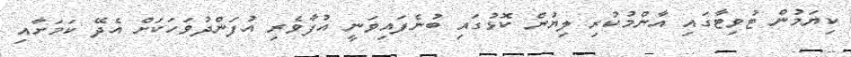
ކިޔަމުން ޓުވިޓާގައި އާންމުކުރި ލިޔުން ކޮޅުގައި ބުނެފައިވަނީ އުފާވެރި އުފަންދުވަހަކަށް އެދޭ ކަމަށާއި